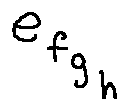
e _ { f _ { g _ { h } } }